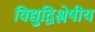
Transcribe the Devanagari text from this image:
विद्युद्विश्लेषीय